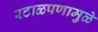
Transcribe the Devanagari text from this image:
रटाळपणामुळे